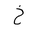
Letter: _kha